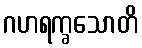
ဂဟရက္ခသောတိ